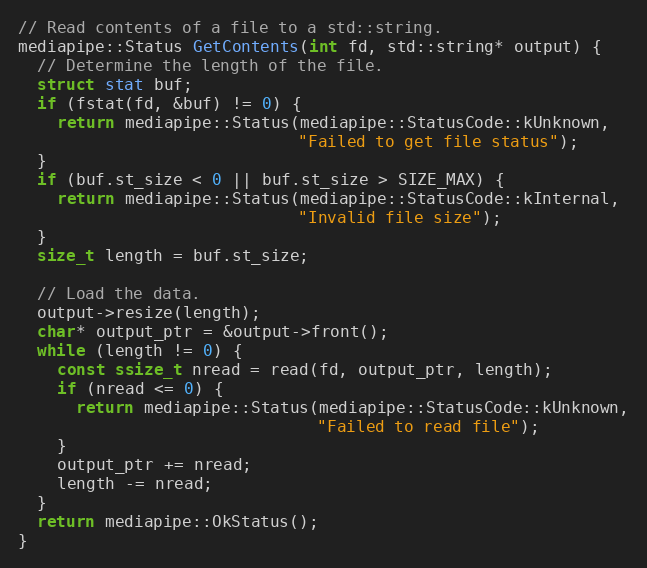
Language: C++
// Read contents of a file to a std::string.
mediapipe::Status GetContents(int fd, std::string* output) {
  // Determine the length of the file.
  struct stat buf;
  if (fstat(fd, &buf) != 0) {
    return mediapipe::Status(mediapipe::StatusCode::kUnknown,
                             "Failed to get file status");
  }
  if (buf.st_size < 0 || buf.st_size > SIZE_MAX) {
    return mediapipe::Status(mediapipe::StatusCode::kInternal,
                             "Invalid file size");
  }
  size_t length = buf.st_size;

  // Load the data.
  output->resize(length);
  char* output_ptr = &output->front();
  while (length != 0) {
    const ssize_t nread = read(fd, output_ptr, length);
    if (nread <= 0) {
      return mediapipe::Status(mediapipe::StatusCode::kUnknown,
                               "Failed to read file");
    }
    output_ptr += nread;
    length -= nread;
  }
  return mediapipe::OkStatus();
}